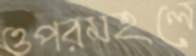
ওপরমহলে